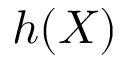
h ( X )